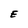
Character: E